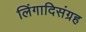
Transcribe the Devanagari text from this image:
लिंगादिसंग्रह